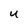
Character: U